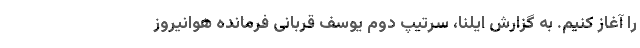
را آغاز کنیم. به گزارش ایلنا، سرتیپ دوم یوسف قربانی فرمانده هوانیروز